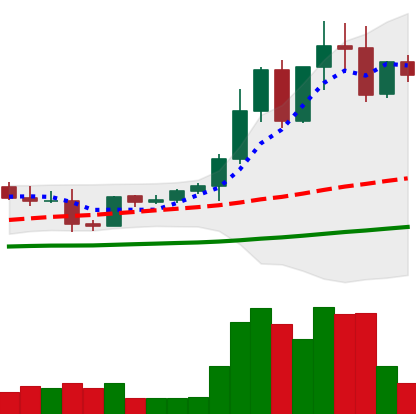
Ticker: EOS-USD
Chart end date: 2021-04-09
Forward return: 23.612%
Label: up_7plus